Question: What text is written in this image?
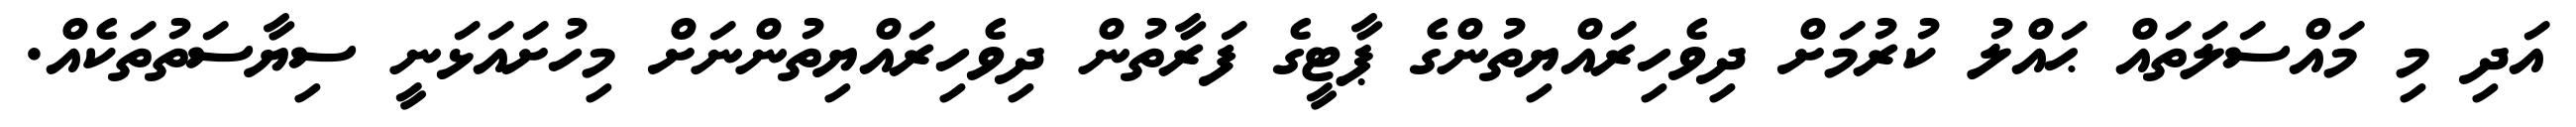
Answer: އަދި މި މައްސަލަތައް ޙައްލު ކުރުމަށް ދިވެހިރައްޔިތުންގެ ޕާޓީގެ ފަރާތުން ދިވެހިރައްޔިތުންނަށް މިހުށައަޅަނީ ސިޔާސަތުތަކެއް.